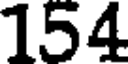
154